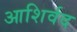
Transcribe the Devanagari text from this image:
आशिर्वद